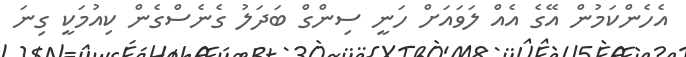
އެހެންކަމުން އޭގެ އެއް ލަވައަށް ހަނީ ސިންގް ބަދަލު ގެނެސްގެން ކިއުމަކީ ގިނަ